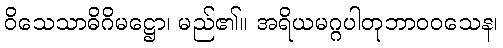
ဝိသေသာဓိဂိမဋ္ဌော၊ မည်၏။ အရိယမဂ္ဂပါတုဘာဝဝသေန၊